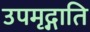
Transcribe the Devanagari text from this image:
उपमृद्गाति